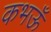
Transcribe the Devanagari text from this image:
कभऊँ